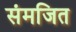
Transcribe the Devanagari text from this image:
संमजित